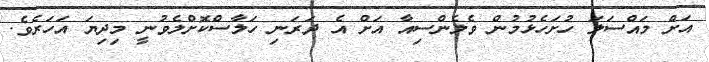
އަށް މައްސަލަ ހުށަހެޅުމުން ވެލެންސިއާ އަށް އެ ދަރަނި ހަލާސްކޮށްލެވުނީ މިދިޔަ އަހަރެވެ.